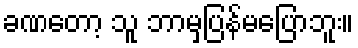
ခဏတော့ သူ ဘာမှပြန်မပြောဘူး။